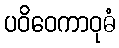
ပဝိဝေကာဝုဓံ